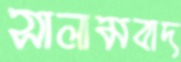
সালামবাদ